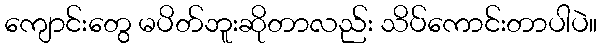
ကျောင်းတွေ မပိတ်ဘူးဆိုတာလည်း သိပ်ကောင်းတာပါပဲ။